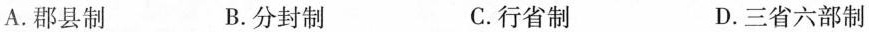
A.郡县制 B.分封制 C.行省制 D.三省六部制